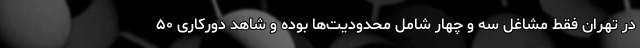
در تهران فقط مشاغل سه و چهار شامل محدودیت‌ها بوده و شاهد دورکاری ۵۰